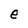
Character: e